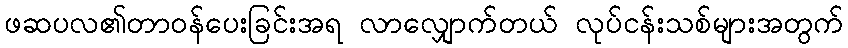
ဖဆပလ၏တာဝန်ပေးခြင်းအရ လာလျှောက်တယ် လုပ်ငန်းသစ်များအတွက်